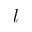
l